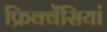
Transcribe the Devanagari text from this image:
फ्रिक्वेंसियां